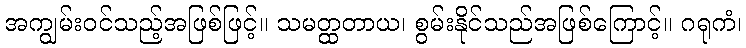
အကျွမ်းဝင်သည့်အဖြစ်ဖြင့်။ သမတ္ထတာယ၊ စွမ်းနိုင်သည်အဖြစ်ကြောင့်။ ဂရုကံ၊